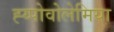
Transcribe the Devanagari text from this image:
ह्य्पोवोलेमिया